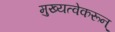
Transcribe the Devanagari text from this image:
मुख्यत्वेकरून्